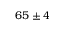
6 5 \pm 4